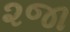
૨જા